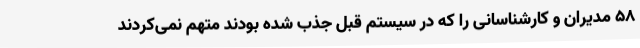
58 مدیران و کارشناسانی را که در سیستم قبل جذب شده بودند متهم نمی‌کردند